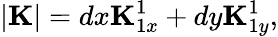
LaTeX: |{\mathbf K}|=dx{\mathbf K}_{1x}^{1}+dy{\mathbf K}_{1y}^{1},